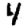
Digit: 4